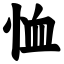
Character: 恤